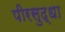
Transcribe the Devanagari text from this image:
पीरसुद्धा